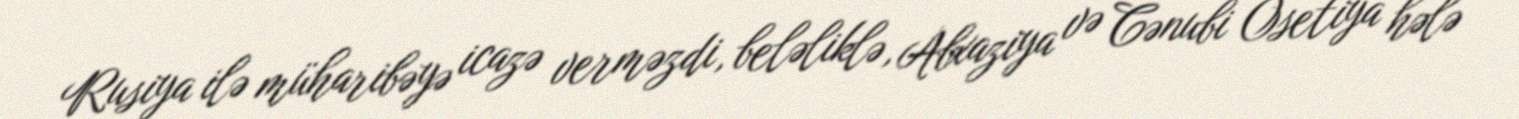
Rusiya ilə müharibəyə icazə verməzdi, beləliklə, Abxaziya və Cənubi Osetiya hələ